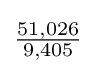
{\tfrac {51,026}{9,405}}